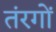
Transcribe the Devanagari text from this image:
तंरगोँ